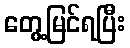
တွေ့မြင်ရပြီး